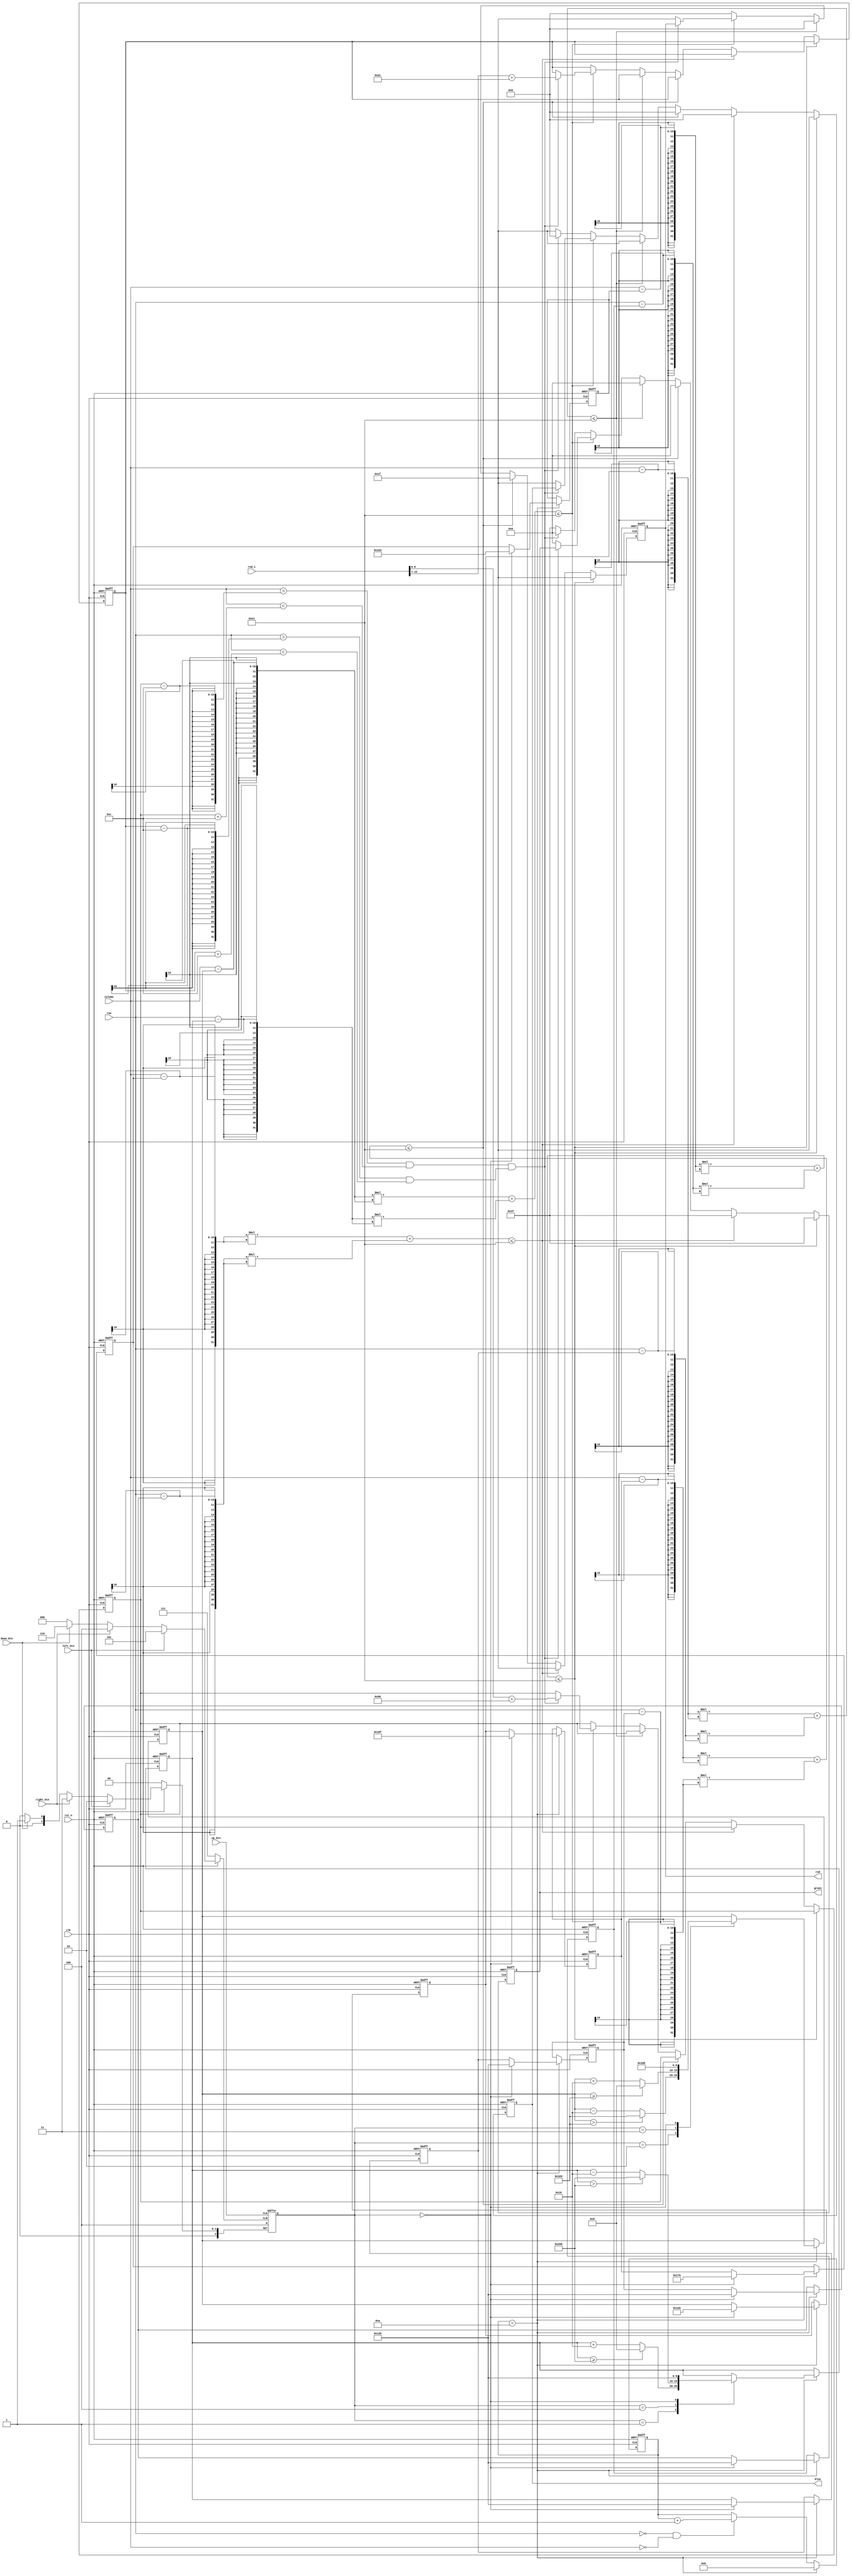
module snake(
input            clk                ,
input            rst_n              ,
input            up_btn             , //zybo up button
input            down_btn           ,
input            left_btn           ,
input            right_btn          ,
input [15:0]     rnd_i              , //data_output din LFSR
input [9:0]      row                , //output din vgaDriver     
input [9:0]      column             , //output din vgaDriver
output reg [4:0] red                , //semnal de culoare care va intra in vgaDriver
output reg [5:0] green              ,
output reg [4:0] blue

);
parameter IDLE       = 3'b000; 
parameter goingDOWN  = 3'b001; //directia butonului
parameter goingLEFT  = 3'b010;
parameter goingRIGHT = 3'b011;
parameter goingUP    = 3'b100;

reg [2:0] state; //registru care tine directia de deplasare a sarpelui

reg [9:0] x;     //coordonata x a cercului de desenat (pe coloana)
reg [9:0] y;     //coordonata y a cercului de desenat (pe rand)

reg [3:0] move_cnt; //counter folosit pt deplasarea sarpelui

reg [9:0] snake_x [0:4]; //array care contine coordoanatele lui x
reg [9:0] snake_y [0:4]; //array care contine coordoanatele lui y

reg [9:0] food_x;  //registru in care se va stoca coordonata x a mancarii
reg [9:0] food_y;  //registru in care se va stoca coordonata y a mancarii


always @(posedge clk or negedge rst_n)
if (~rst_n ) begin snake_x[0] = 355;   snake_y[0] = 299;
                   snake_x[1] = 377;   snake_y[1] = 299;
				   snake_x[2] = 399;   snake_y[2] = 299;
				   snake_x[3] = 421;   snake_y[3] = 299;
				   snake_x[4] = 443;   snake_y[4] = 299; //capul sarpelui
              end
else if (move_cnt == 10)  //se misca sarpele din 10 in 10 frame-uri
begin
	snake_x[0] = snake_x[1];
	snake_x[1] = snake_x[2];
	snake_x[2] = snake_x[3];
	snake_x[3] = snake_x[4];
	snake_y[0] = snake_y[1];
	snake_y[1] = snake_y[2];
	snake_y[2] = snake_y[3];
	snake_y[3] = snake_y[4];
case (state) 
	goingDOWN  :begin
	                if(snake_y[4] >= 600) snake_y[4] = 0; else  //cand snake_y[4] este >= 600 , se va reseta la 0
						     snake_y[4] = snake_y[4] + 22; 
				end
	goingLEFT  : begin
	                if(snake_x[4] > 800)  snake_x[4] = 800; else
							snake_x[4] = snake_x[4] - 22; 
				end
	goingRIGHT : begin

	                if(snake_x[4] >= 800) snake_x[4] = 0; else
					         snake_x[4] = snake_x[4] + 22; 
				end
	goingUP    : begin
	                if(snake_y[4] > 600)  snake_y[4] = 600; else  
					         snake_y[4] = snake_y[4] - 22; 
				end 
	IDLE :  begin  snake_x[0] = 355;   snake_y[0] = 299;
                   snake_x[1] = 377;   snake_y[1] = 299;
				   snake_x[2] = 399;   snake_y[2] = 299;
				   snake_x[3] = 421;   snake_y[3] = 299;
				   snake_x[4] = 443;   snake_y[4] = 299; //capul sarpelui
              end
endcase end

always @(posedge down_btn or posedge up_btn or posedge left_btn or posedge right_btn or negedge rst_n) //setarea starii in functie de butonul apasat
if (~rst_n )   state = IDLE;       else
if (down_btn)  state = goingDOWN;  else 
if (left_btn)  state = goingLEFT;  else
if (right_btn) state = goingRIGHT; else
if (up_btn)    state = goingUP;

always @(posedge clk or negedge rst_n)
if(~rst_n)                       move_cnt <= 'b0; else
if(move_cnt == 10)               move_cnt <= 0;   else         //dupa ce am numarat 10 frame-uri o va lua de la capat  
if((row == 0) && (column == 0))  move_cnt <= move_cnt + 1;    //se incrementeaza la fiecare inceput de frame


always @(posedge clk or negedge rst_n)                  //trimiterea catre vgaDriver a culorii de afisat
if (~rst_n ) begin  red = 'b0; green = 'b0; blue = 'b0; 
					food_x = 100; food_y = 100;        //setez coordonatele primului patrat de mancare
			end else 
begin 

if(((column-snake_x[0])*(column-snake_x[0])) + ((row-snake_y[0] )*(row-snake_y[0])) <= (15*15)) 
            begin
               red   = 'b11111;
			   green = 'b111111;
			   blue  = 'b11111;
			end  else
if(((column-snake_x[1])*(column-snake_x[1])) + ((row-snake_y[1] )*(row-snake_y[1])) <= (15*15))
             begin
			 blue  = 'b00000;
			 green = 'b111111;
			 red   = 'b11111;
			 end else
if(((column-snake_x[2])*(column-snake_x[2])) + ((row-snake_y[2] )*(row-snake_y[2])) <= (15*15))
             begin
               red   = 'b11111;
			   green = 'b000000;
			   blue  = 'b00000;
			   end else
if(((column-snake_x[3])*(column-snake_x[3])) + ((row-snake_y[3] )*(row-snake_y[3])) <= (15*15))
             begin
               blue  = 'b11111;
			   green = 'b000000;
			   red   = 'b00000;
			   end else			   
if(((column-snake_x[4])*(column-snake_x[4])) + ((row-snake_y[4] )*(row-snake_y[4])) <= (15*15)) //verific daca row si column fac parte din cerc
      begin
	    if((( column > food_x - 12 )&& (column < food_x + 12)) && ( (row > food_y - 12 )&& (row < food_y + 12))) //verific daca punctul curent face parte din patrat
			  begin
  			  food_x = rnd_i[8:0]  + 144;   //daca pct. curent face parte din patrat si cerc se vor schimba coordonatele
			  food_y = rnd_i[15:7] + 44; end
		else begin                         //culoarea capului      
			  green   = 'b000000;        
			  blue    = 'b11111;
			  red     = 'b11111;
		end
	  end
	  else
 
if((( column > food_x - 12 )&& (column < food_x + 12)) && ( (row > food_y - 12 )&& (row < food_y + 12)))
  begin
   green   = 'b000000;        //setez culorile mancarii
   blue    = 'b00000;
   red     = 'b00000; 
   end	
else begin                    //culorile fundalului
    red   = 'b00000; 
    green = 'b111111;
    blue  = 'b11111;
	end

end
			   
endmodule